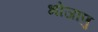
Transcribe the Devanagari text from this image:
भोजाणु